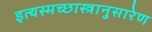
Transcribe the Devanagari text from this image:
इत्यस्मच्छास्त्रानुसारेण